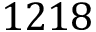
1 2 1 8